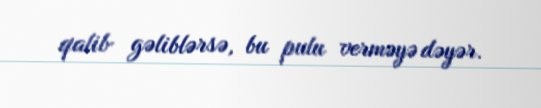
qalib gəliblərsə, bu pulu verməyə dəyər.